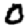
Digit: 0